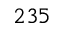
2 3 5